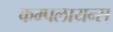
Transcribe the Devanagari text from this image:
कम्पलायन्स